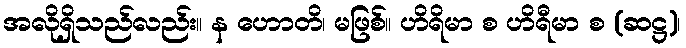
အလိုရှိသည်လည်း။ န ဟောတိ၊ မဖြစ်။ ဟိရိမာ စ ဟိရီမာ စ (ဆဋ္ဌ)၊